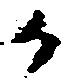
か